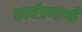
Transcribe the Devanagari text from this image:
कार्यप्रणाणी